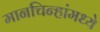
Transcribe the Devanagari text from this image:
मानचिन्हांमध्ये